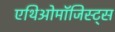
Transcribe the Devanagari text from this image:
एथिओमॉजिस्ट्स